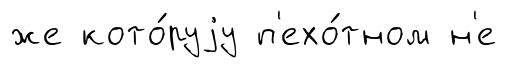
же кото́руjу п'ехо́тном н'е